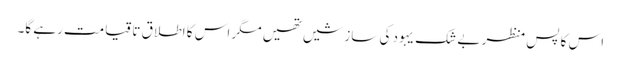
اس کا پس منظر بے شک یہود کی سازشیں تھیں مگر اس کا اطلاق تا قیامت رہے گا۔